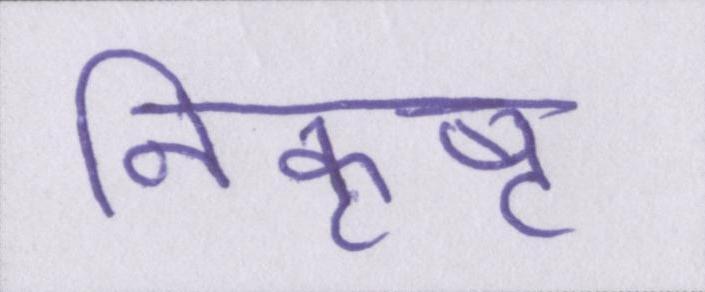
निकृष्ट